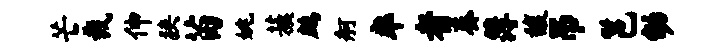
芒裁伸狭苗姚蔟鹧舸率者奏簿馥吊邕幼